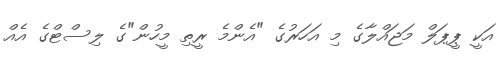
އަކީ ޕީޕަލް މަޖައްލާގެ މި އަހަރުގެ "އެންމެ ރީތި މީހުން"ގެ ލިސްޓްގެ އެއް